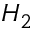
H _ { 2 }